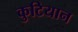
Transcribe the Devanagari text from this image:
कुटियान